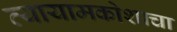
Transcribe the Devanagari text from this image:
व्यायामकोशाचा